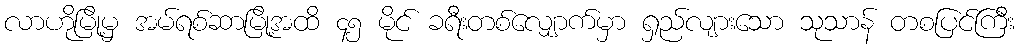
လာဟိုမြို့မှ အမ်ရစ်ဆာမြို့အထိ ၄၅ မိုင် ခရီးတစ်လျှောက်မှာ ရှည်လျားသော သုသာန် တစပြင်ကြီး